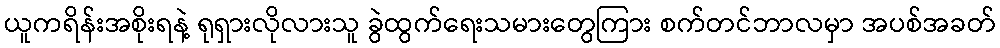
ယူကရိန်းအစိုးရနဲ့ ရုရှားလိုလားသူ ခွဲထွက်ရေးသမားတွေကြား စက်တင်ဘာလမှာ အပစ်အခတ်